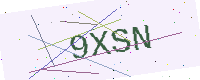
Text: 9XSN